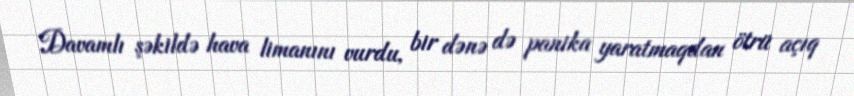
Davamlı şəkildə hava limanını vurdu, bir dənə də panika yaratmaqdan ötrü açıq